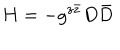
H = - g ^ { z \bar { z } } D \bar { D }